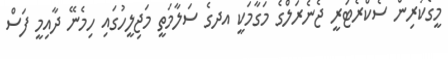
މީގެކުރިން ސެކްރެޓަރީ ޖެނެރަލްގެ މަގާމަކީ އދގެ ސަލާމަތީ މަޖިލީހުގައި ހިމެނޭ ދާއިމީ ފަސް